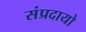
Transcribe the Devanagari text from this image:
संप्रदायो